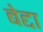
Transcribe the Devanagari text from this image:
बेद्दा